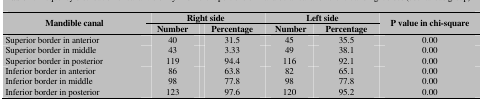
<table><thead><tr><td rowspan="2"><b>Mandible canal</b></td><td colspan="2"><b>Right side</b></td><td colspan="2"><b>Left side</b></td><td rowspan="2"><b>P value in chi-square</b></td></tr><tr><td><b>Number</b></td><td><b>Percentage</b></td><td><b>Number</b></td><td><b>Percentage</b></td></tr></thead><tbody><tr><td> Superior border in anterior </td><td> 40 </td><td> 31.5 </td><td> 45 </td><td> 35.5 </td><td> 0.00 </td></tr><tr><td> Superior border in middle </td><td> 43 </td><td> 3.33 </td><td> 49 </td><td> 38.1 </td><td> 0.00 </td></tr><tr><td> Superior border in posterior </td><td> 119 </td><td> 94.4 </td><td> 116 </td><td> 92.1 </td><td> 0.00 </td></tr><tr><td> Inferior border in anterior </td><td> 86 </td><td> 63.8 </td><td> 82 </td><td> 65.1 </td><td> 0.00 </td></tr><tr><td> Inferior border in middle </td><td> 98 </td><td> 77.8 </td><td> 98 </td><td> 77.8 </td><td> 0.00 </td></tr><tr><td> Inferior border in posterior </td><td> 123 </td><td> 97.6 </td><td> 120 </td><td> 95.2 </td><td> 0.00 </td></tr></tbody></table>